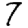
Digit: 7